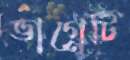
ভাগ্নেটি